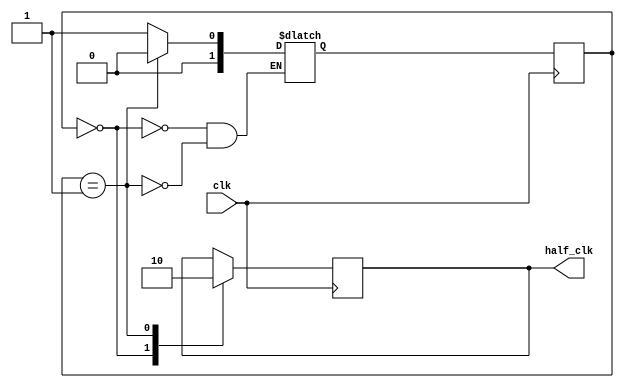
module clk_convert(
	input clk,
	output reg half_clk
);

parameter CLK_HIGH = 2'd0, 
			CLK_LOW = 2'd1;

reg [1:0] S = CLK_HIGH; 
reg [1:0] NS;

always@(posedge clk)
begin
	S <= NS;
end

always@(*)
begin
	case(S)
		CLK_HIGH: NS = CLK_LOW;
		CLK_LOW:  NS = CLK_HIGH;
	endcase
end

always@(posedge clk)
begin
	case(S)
		CLK_HIGH: half_clk <= 1'b1;
		CLK_LOW: half_clk <= 1'b0;
	endcase
end

endmodule